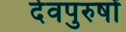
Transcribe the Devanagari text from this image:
देवपुरुषों